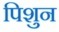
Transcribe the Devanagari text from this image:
पिशुन